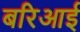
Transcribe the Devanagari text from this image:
बरिआई